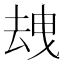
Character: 𱑦